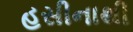
હસીનાથી